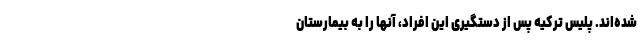
شده‌اند. پلیس ترکیه پس از دستگیری این افراد، آنها را به بیمارستان